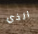
الذي